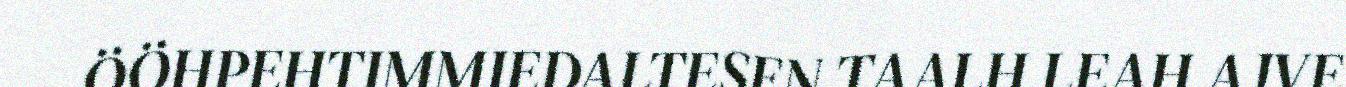
ÖÖHPEHTIMMIEDALTESEN TAALH LEAH AJVE